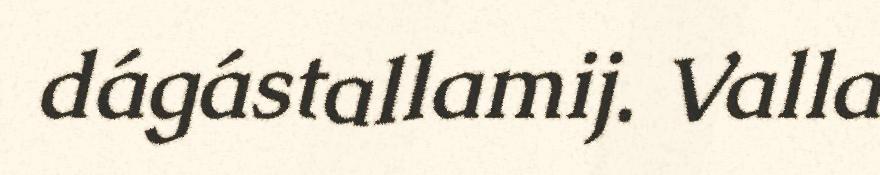
dágástallamij. Valla